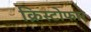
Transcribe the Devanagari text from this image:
क्रिस्टोफार